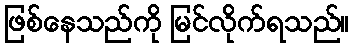
ဖြစ်နေသည်ကို မြင်လိုက်ရသည်။